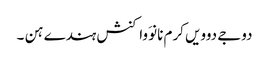
دوجے دوویں کرم نانوَ واکنش ہندے ہن ۔